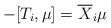
LaTeX: \begin{align*}-[T_i,\mu]=\overline X_i\mu\end{align*}